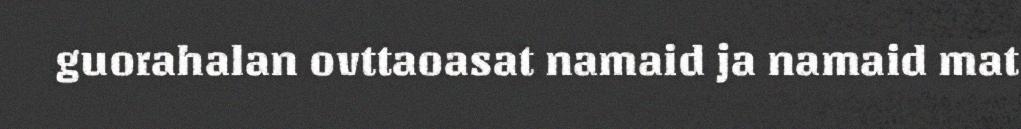
guorahalan ovttaoasat namaid ja namaid mat